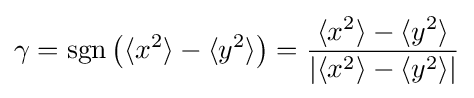
\gamma =\operatorname {sgn} \left(\langle x^{2}\rangle -\langle y^{2}\rangle \right)={\frac {\langle x^{2}\rangle -\langle y^{2}\rangle }{|\langle x^{2}\rangle -\langle y^{2}\rangle |}}